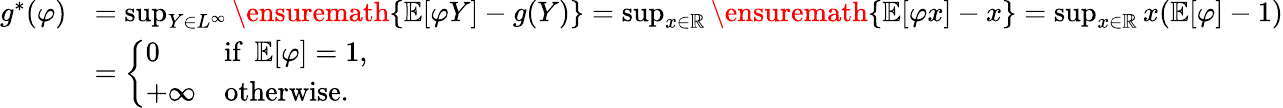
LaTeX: \begin{array}{rl}{g^{*}(\varphi)}&{=\operatorname*{sup}_{Y\in L^{\infty}}\ensuremath{\left\{ \operatorname{\mathbb{E}}[\varphi Y]-g(Y)\right\} }=\operatorname*{sup}_{x\in\mathbb{R}}\ensuremath{\left\{ \operatorname{\mathbb{E}}[\varphi x]-x\right\} }=\operatorname*{sup}_{x\in\mathbb{R}}x(\operatorname{\mathbb{E}}[\varphi]-1)}\\ &{=\left\{ \begin{array}{ll}{0}&{\mathrm{if~}\operatorname{\mathbb{E}}[\varphi]=1,}\\ {+\infty}&{\mathrm{otherwise}.}\end{array}\right.}\end{array}